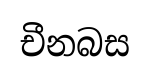
චීනබස